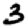
Digit: 3